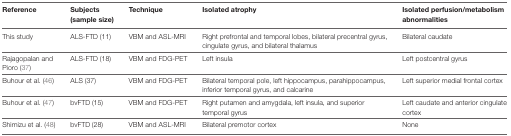
| Reference | Subjects (sample size) | Technique | Isolated atrophy | Isolated perfusion/metabolism abnormalities |
 | --- | --- | --- | --- | --- |
 | This study | ALS-FTD (11) | VBM and ASL-MRI | Right prefrontal and temporal lobes, bilateral precentral gyrus, cingulate gyrus, and bilateral thalamus | Bilateral caudate |
 | Rajagopalan and Pioro (37) | ALS-FTD (18) | VBM and FDG-PET | Left insula | Left postcentral gyrus |
 | Buhour et al. (46) | ALS (37) | VBM and FDG-PET | Bilateral temporal pole, left hippocampus, parahippocampus, inferior temporal gyrus, and calcarine | Left superior medial frontal cortex |
 | Buhour et al. (47) | bvFTD (15) | VBM and FDG-PET | Right putamen and amygdala, left insula, and superior temporal gyrus | Left caudate and anterior cingulate cortex |
 | Shimizu et al. (48) | bvFTD (28) | VBM and ASL-MRI | Bilateral premotor cortex | None |